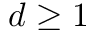
d \geq 1